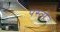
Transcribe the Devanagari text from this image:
पस्तो